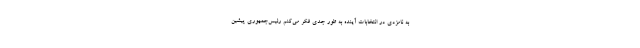
به نامزدی در انتخابات آینده به طور جدی فکر می‌کنم رئیس‌جمهوری پیشین